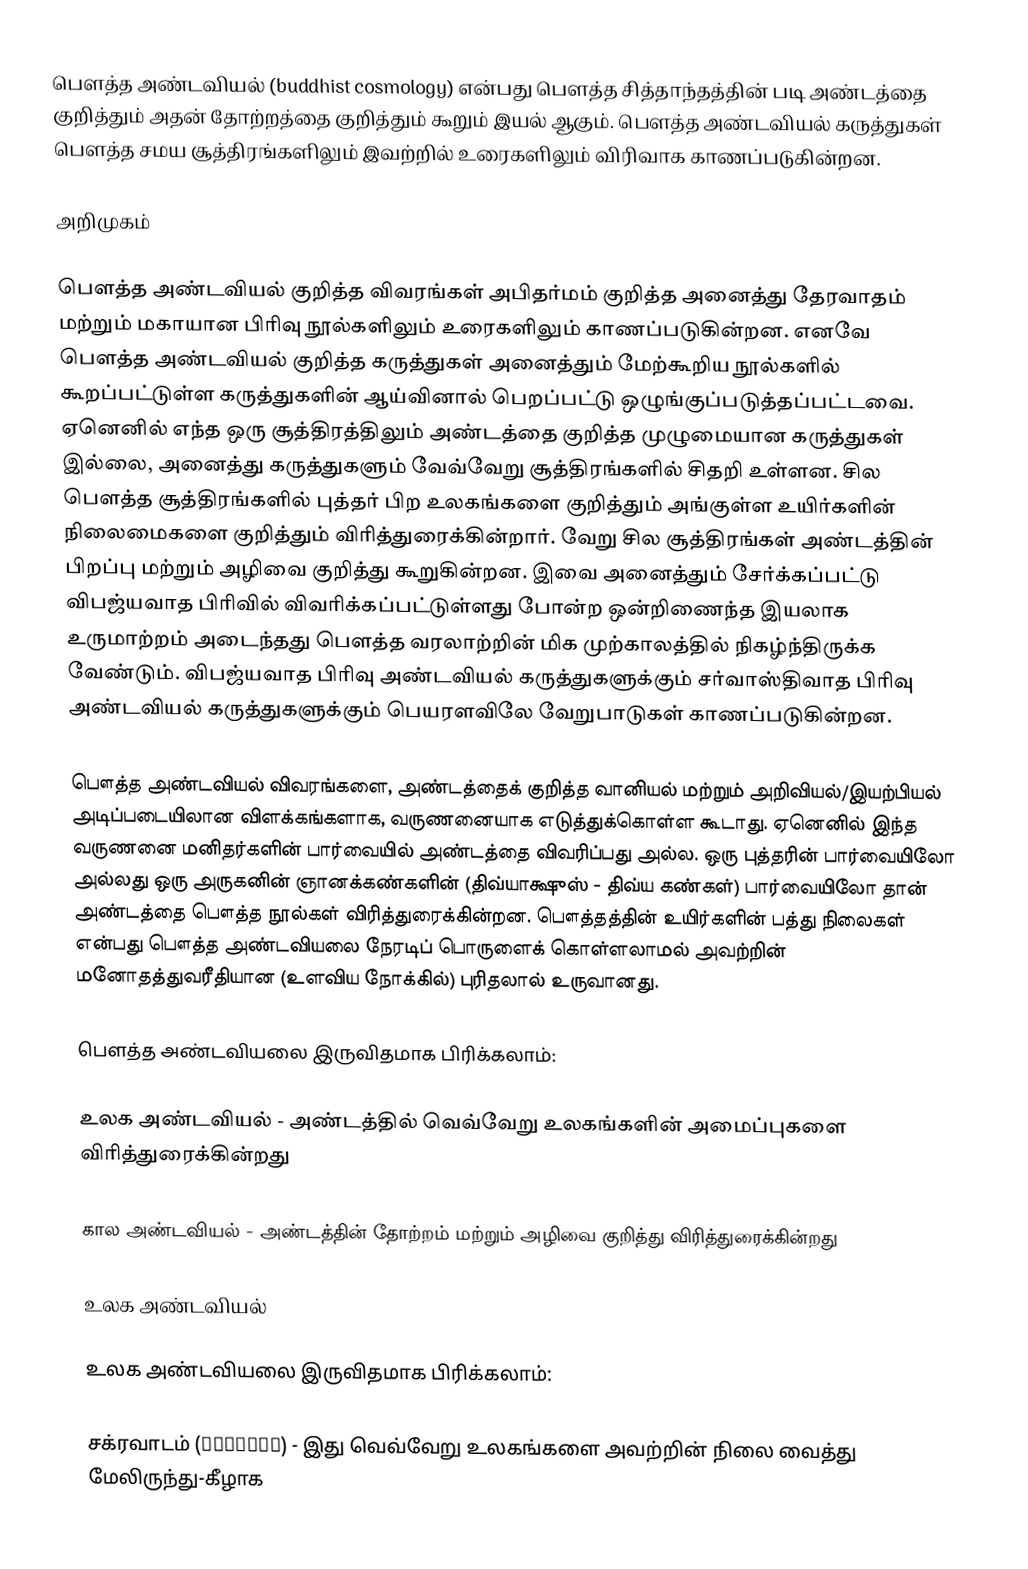
பௌத்த அண்டவியல் (buddhist cosmology) என்பது பௌத்த சித்தாந்தத்தின் படி அண்டத்தை குறித்தும் அதன் தோற்றத்தை குறித்தும் கூறும் இயல் ஆகும். பௌத்த அண்டவியல் கருத்துகள் பௌத்த சமய சூத்திரங்களிலும் இவற்றில் உரைகளிலும் விரிவாக காணப்படுகின்றன.

அறிமுகம்

பௌத்த அண்டவியல் குறித்த விவரங்கள் அபிதர்மம் குறித்த அனைத்து தேரவாதம் மற்றும் மகாயான பிரிவு நூல்களிலும் உரைகளிலும் காணப்படுகின்றன. எனவே பௌத்த அண்டவியல் குறித்த கருத்துகள் அனைத்தும் மேற்கூறிய நூல்களில் கூறப்பட்டுள்ள கருத்துகளின் ஆய்வினால் பெறப்பட்டு ஒழுங்குப்படுத்தப்பட்டவை. ஏனெனில் எந்த ஒரு சூத்திரத்திலும் அண்டத்தை குறித்த முழுமையான கருத்துகள் இல்லை, அனைத்து கருத்துகளும் வேவ்வேறு சூத்திரங்களில் சிதறி உள்ளன. சில பௌத்த சூத்திரங்களில் புத்தர் பிற உலகங்களை குறித்தும் அங்குள்ள உயிர்களின் நிலைமைகளை குறித்தும் விரித்துரைக்கின்றார். வேறு சில சூத்திரங்கள் அண்டத்தின் பிறப்பு மற்றும் அழிவை குறித்து கூறுகின்றன. இவை அனைத்தும் சேர்க்கப்பட்டு  விபஜ்யவாத பிரிவில் விவரிக்கப்பட்டுள்ளது போன்ற ஒன்றிணைந்த இயலாக உருமாற்றம் அடைந்தது பௌத்த வரலாற்றின் மிக முற்காலத்தில் நிகழ்ந்திருக்க வேண்டும். விபஜ்யவாத பிரிவு அண்டவியல் கருத்துகளுக்கும் சர்வாஸ்திவாத பிரிவு அண்டவியல் கருத்துகளுக்கும் பெயரளவிலே வேறுபாடுகள் காணப்படுகின்றன.

பௌத்த அண்டவியல் விவரங்களை, அண்டத்தைக் குறித்த வானியல் மற்றும் அறிவியல்/இயற்பியல் அடிப்படையிலான விளக்கங்களாக, வருணனையாக எடுத்துக்கொள்ள கூடாது. ஏனெனில் இந்த வருணனை மனிதர்களின் பார்வையில் அண்டத்தை விவரிப்பது அல்ல. ஒரு புத்தரின் பார்வையிலோ அல்லது ஒரு அருகனின்  ஞானக்கண்களின் (திவ்யாக்ஷுஸ் - திவ்ய கண்கள்) பார்வையிலோ தான் அண்டத்தை பௌத்த நூல்கள் விரித்துரைக்கின்றன. பௌத்தத்தின் உயிர்களின் பத்து நிலைகள் என்பது பௌத்த அண்டவியலை நேரடிப் பொருளைக் கொள்ளலாமல் அவற்றின் மனோதத்துவரீதியான (உளவிய நோக்கில்) புரிதலால் உருவானது.

பௌத்த அண்டவியலை இருவிதமாக பிரிக்கலாம்:

உலக அண்டவியல் -  அண்டத்தில் வெவ்வேறு உலகங்களின் அமைப்புகளை விரித்துரைக்கின்றது

கால அண்டவியல் - அண்டத்தின் தோற்றம் மற்றும் அழிவை குறித்து விரித்துரைக்கின்றது

உலக அண்டவியல்

உலக அண்டவியலை இருவிதமாக பிரிக்கலாம்:

சக்ரவாடம் (चक्रवाड) - இது வெவ்வேறு உலகங்களை அவற்றின் நிலை வைத்து மேலிருந்து-கீழாக